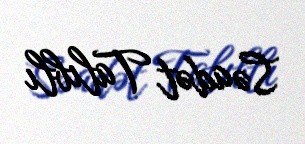
Səadət Talıblı